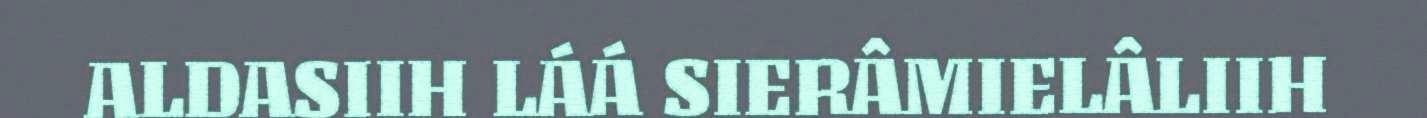
ALDASIIH LÁÁ SIERÂMIELÂLIIH